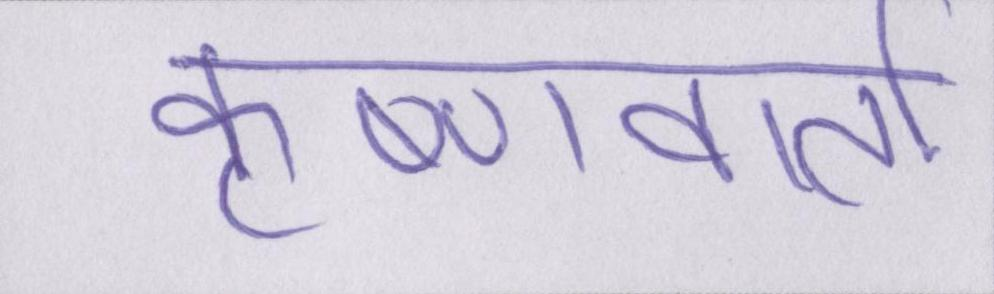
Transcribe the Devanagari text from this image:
कृष्णवार्ता